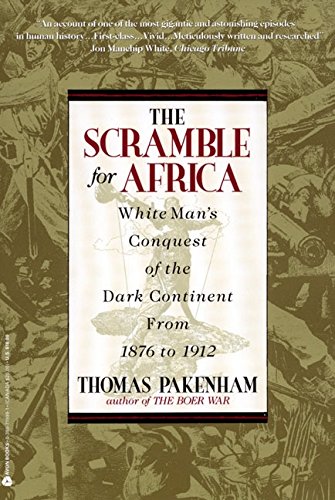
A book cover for The Scramble for Africa: White Man's Conquest of the Dark Continent from 1876 to 1912; Thomas Pakenham; History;